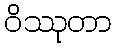
ဝိဿုတာ